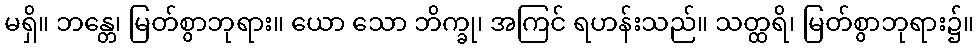
မရှိ။ ဘန္တေ၊ မြတ်စွာဘုရား။ ယော သော ဘိက္ခု၊ အကြင် ရဟန်းသည်။ သတ္ထရိ၊ မြတ်စွာဘုရား၌။